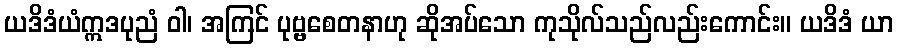
ယဒိဒံယံဣဒပုညံ ဝါ၊ အကြင် ပုဗ္ဗစေတနာဟု ဆိုအပ်သော ကုသိုလ်သည်လည်းကောင်း။ ယဒိဒံ ယာ